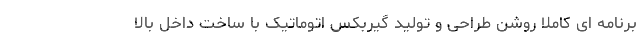
برنامه ای کاملا روشن طراحی و تولید گیربکس اتوماتیک با ساخت داخل بالا